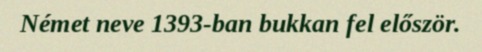
Német neve 1393-ban bukkan fel először.